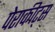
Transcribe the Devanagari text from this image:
पेराकीट्स